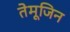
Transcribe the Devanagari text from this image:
तेमूजिन